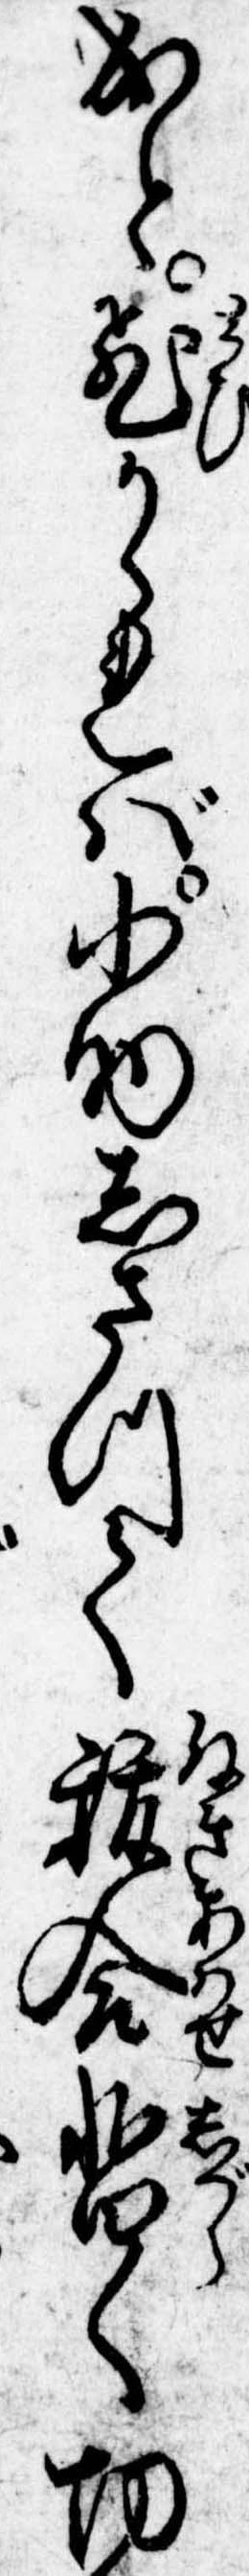
成と飛かゝれば小助しさつて抜合暫く切